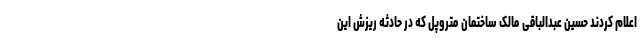
اعلام کردند حسین عبدالباقی مالک ساختمان متروپل که در حادثه ریزش این